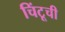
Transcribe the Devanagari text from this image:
चिंटूची